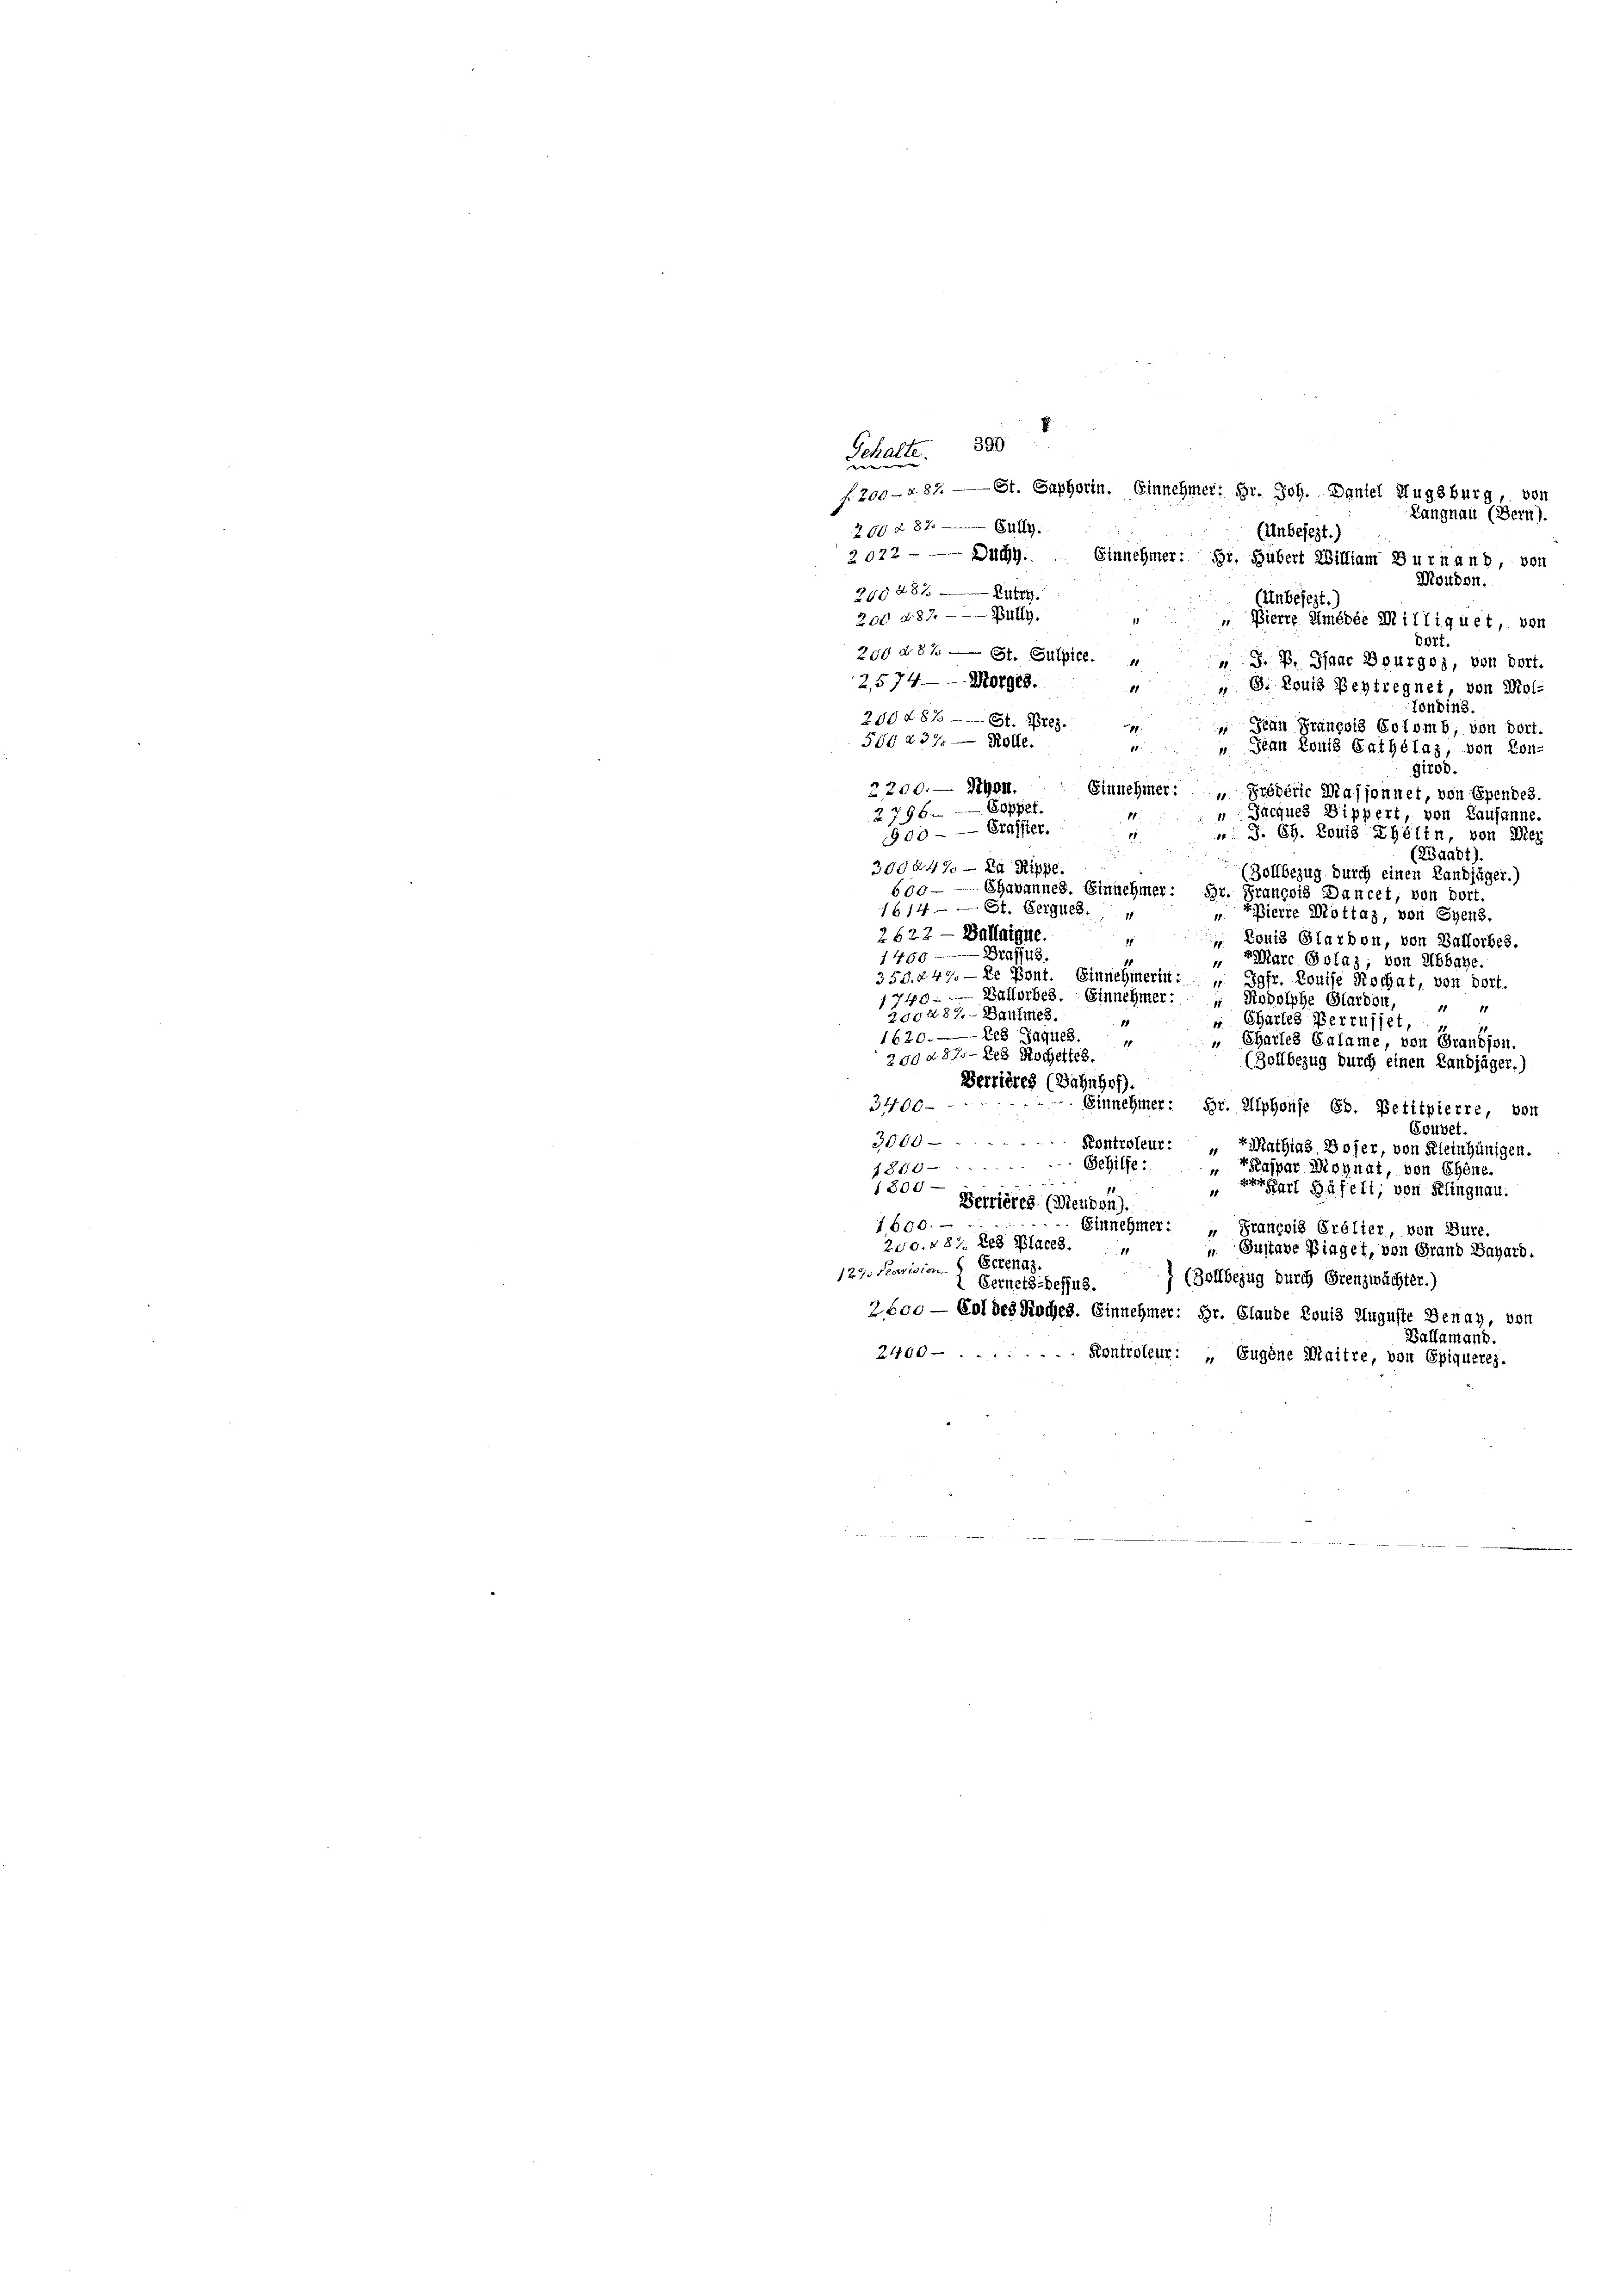
Schalte. 388
f. 200-a 87. — St. Saphorin. Einnehmer; Hr. Joh. Daniel Augsburg, von
Langnau (Bern).
260 § 87. 849.
(Unbesezt.)
20222 189
Einnehmer: Hr. Hubert William Burnand, von
Moudon.
205287 Zutr
(Unbesezt.
200 d. 87. — Bully.
 Pierre Umédée Milliquet, von
Dort.
200 d8% St. Gulpier.
" G. B. Haar Bourgoz, von Dort.
2,574. - - Morges.
11
 8. Louis Beytregnet, von Mol-
Tonbind
298 281 — 1. Btz.
 Jean Prançois Colomb, von dort.
500 237 — Rolle.
 Jean Louis Gathélaz, von Kon-
girod.
2200. — Nyon.
Einnehmer: „Grédorie Massonnet, von Ependes.
Soppet.
2796.
Jacques Bippert, von Lausanne
1
00 — — Preister.
m. J. C. Louis Ehelin, von Mer
(Waadt).
300447 — Zu Supe
(Zollbezug durch einen Landjäger.)
600 — Chavannes. Einnehmer: Hr. François Dancet, von dort.
1614 St. Bergeb. 1
Pierre Mottas, von Syens.
2622 - Ballaigue.
Konig Glarbon, von Ballorbes.
11
140048.
rMarc Gotaz; von Abbaye.
350. 249. — Le Pont. Einnehmerin: " Jgfr. Louise Kochat, von dort.
740. — Dastorbes. Einnehmer:
Rodolphe Glardon,
11
200287. - Daumes.
Chartes Verrufset,
1620. 28 Jaques
" Charles Erlame, von Grandson.
11
200 § 87. — Les Rocheltes.
(Zollbezug durch einen Landjäger.)
Berrières (Bahnhof).
3400
Einnehmer: Hr. Alphonje Eb. Petitpierre, von
Gouvet.
3000
Kontroleur: „EMathias Woher, von Kleinhünigen.
Sehilfe :
186 " "
Paspar Monat, von Ehene.
5
1300
Karl Häfeli, von Klingnau.
Berrieres (Meuron).
1600.
Einnehmer: „Grancois Grolier, von Bure.
250. 287. Les places
 Gustave Piaget, von Grand Bazard.
10
127 Parision Eckenaz.
(Zollbezug durch Grenzwächter.)
2 Vernetz-Beffus.
2600 — Geldes Roches. Einnehmer: Hr. Glaude Louis Auguste Benay, von
Barlamant.
2460
Kontroleur: „Eugene Maitre, von Spiqueres.